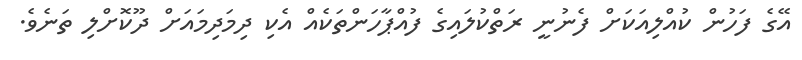
އޭގެ ފަހުން ކުއްލިއަކަށް ފެނުނީ ރަތްކުލައިގެ ފުއްޕާހަންތަކެއް އެކި ދިމަދިމައަށް ދޫކޮށްލި ތަނެވެ.